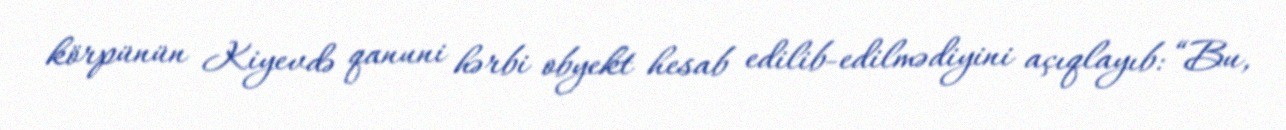
körpünün Kiyevdə qanuni hərbi obyekt hesab edilib-edilmədiyini açıqlayıb: “Bu,